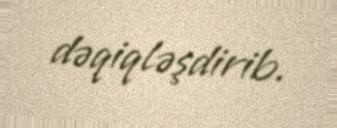
dəqiqləşdirib.